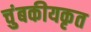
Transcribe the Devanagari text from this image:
चुंबकीयकृत